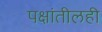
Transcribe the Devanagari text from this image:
पक्षांतीलही